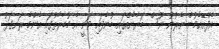
އެފްއޭއެމުން ނެރުނު ނޫސް ބަޔާނެއްގައި ބުނެފައި ވަނީ އެ މުބާރާތުގައި އެންމެ ރަނގަޅު